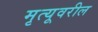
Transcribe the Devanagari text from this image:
मृत्यूवरील